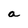
Character: a